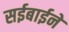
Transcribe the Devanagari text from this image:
सईबाईने